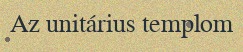
Az unitárius templom